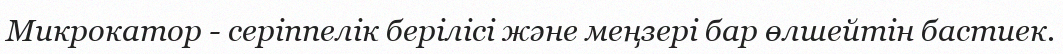
Микрокатор - серіппелік берілісі және меңзері бар өлшейтін бастиек.